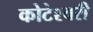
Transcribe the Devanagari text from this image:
कोटेश्वरी